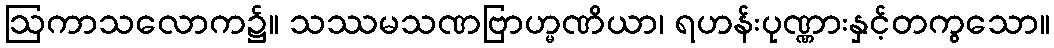
ဩကာသလောက၌။ သဿမသဏဗြာဟ္မဏိယာ၊ ရဟန်းပုဏ္ဏားနှင့်တကွသော။